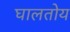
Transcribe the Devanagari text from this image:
घालतोय